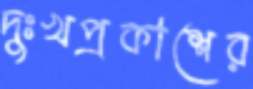
দুঃখপ্রকাশের